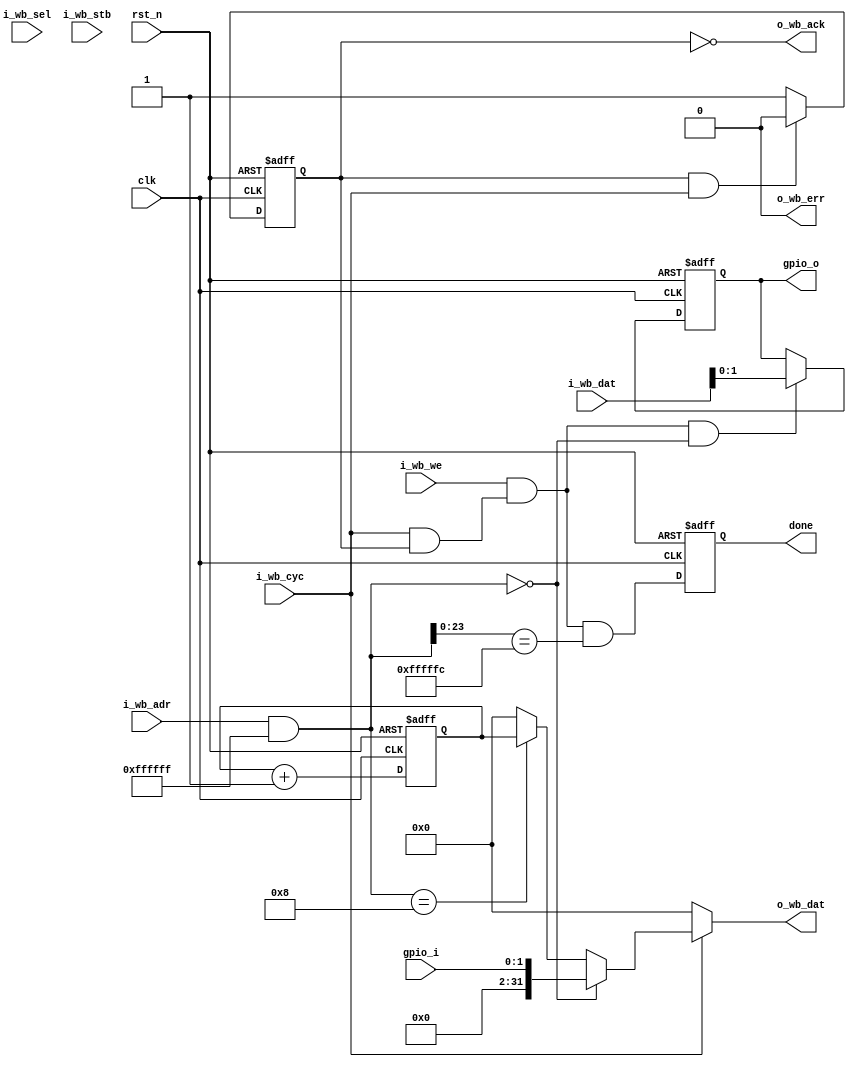
module wb_gpio_single #( parameter
    MSK = 24, //use high 32-24 = 8 for address selection
    GW  = 2,
    AW  = 32,
    DW  = 32,
    SW  = DW >> 3
) (   
    input                       clk,
    input                       rst_n,
    
    input          [GW-1:0]     gpio_i,
    output         [GW-1:0]     gpio_o,
    
    output                      done,
    
    input          [AW-1:0]     i_wb_adr,
    input          [SW-1:0]     i_wb_sel,
    input                       i_wb_we,
    input          [DW-1:0]     i_wb_dat,
    output         [DW-1:0]     o_wb_dat,
    input                       i_wb_cyc,
    input                       i_wb_stb,
    output                      o_wb_ack,
    output                      o_wb_err                  
);

    localparam ADR_REG_GPIO       = 32'h0; //write: output gpio; read: input gpio;
    localparam ADR_REG_GPS        = 32'h4; //io direction
    localparam ADR_REG_CYCLE      = 32'h8; //cycle couter
    localparam ADR_REG_DONE       = {{(MSK-2){1'b1}},2'b0}; //simulation done 

    reg istat;
    always @(posedge clk or negedge rst_n) begin
        if (!rst_n) istat <= 1'b1;
        else if (istat == 1'b1 && i_wb_cyc == 1'b1) istat <= 1'b0;
        else if (istat == 1'b0) istat <= 1'b1;
    end
    
    wire CE = i_wb_cyc & istat;
    assign o_wb_ack = ~istat;
    assign o_wb_err = 1'b0;
    
    wire [AW-1:0] addr = i_wb_adr & {MSK{1'b1}};
    
    //REG_RS_GPIO
    reg [GW-1:0] greg;
    wire en_REG_RS_GPIO = (addr == ADR_REG_GPIO);
    
    always @(posedge clk or negedge rst_n)
        if (!rst_n) greg <= 'b0;
        else        greg <= (i_wb_we & CE &en_REG_RS_GPIO) ? i_wb_dat[GW-1:0] : greg;
    
    assign gpio_o = greg;
    
    //REG_RW_GPS
    //TODO
    
    //REG_RO_CYCLE
    reg en_REG_CYCLE = addr == ADR_REG_CYCLE;
    reg [DW-1:0] cycle;
    always @(posedge clk or negedge rst_n)
        if (!rst_n) cycle <= 'b0;
        else        cycle <= cycle + 1;


    
    //REG_DONE
    wire en_REG_DONE = addr[MSK-1:0] == ADR_REG_DONE;
    reg reg_done;
    always @(posedge clk or negedge rst_n)
        if (!rst_n) reg_done <= 'b0;
        else        reg_done <= (i_wb_we & CE & en_REG_DONE);
    
    assign done = reg_done;    
    
    
    assign o_wb_dat = i_wb_cyc ? en_REG_RS_GPIO ? {{(DW-GW){1'b0}},gpio_i} : 
                                 en_REG_CYCLE   ? cycle : 'd0
                               : 'd0;
    
    
    
endmodule